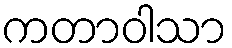
ကတာဝါသာ